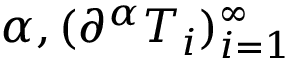
\alpha , ( \partial ^ { \alpha } T _ { i } ) _ { i = 1 } ^ { \infty }